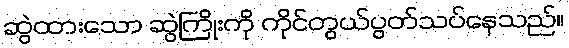
ဆွဲထားသော ဆွဲကြိုးကို ကိုင်တွယ်ပွတ်သပ်နေသည်။